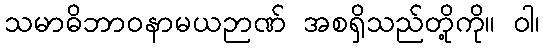
သမာဓိဘာဝနာမယဉာဏ် အစရှိသည်တို့ကို။ ဝါ၊